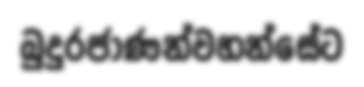
බුදුරජාණන්වහන්සේට